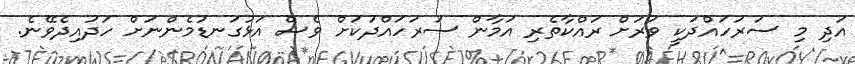
އަދި މި ސަރަހައްދަކީ ވަރަށް ރައްކާތެރި އަމާން ސަރަހައްދަކަށް ވެސް އަޅުގަނޑުމެންނަށް ހަދައިދެވޭނެ.